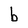
Character: b